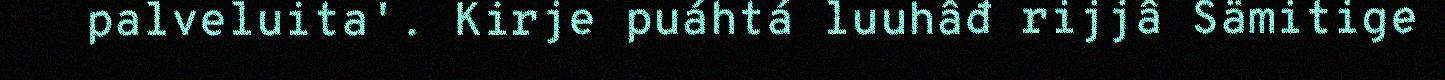
palveluita'. Kirje puáhtá luuhâđ rijjâ Sämitige